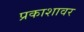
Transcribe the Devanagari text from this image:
प्रकाशावर